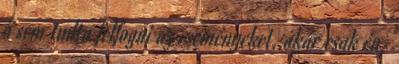
ő sem tudta felfogni az eseményeket, akár csak én.